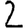
Digit: 2